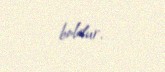
boldur.